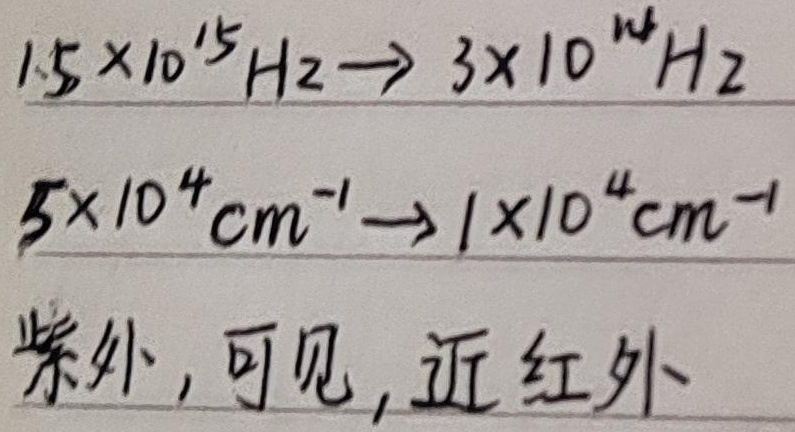
\(1.5\times 10^{15}\text{ Hz}\to 3\times 10^{14}\text{ Hz}\)，\(5\times 10^{4}\text{ cm}^{-1}\to 1\times 10^{4}\text{ cm}^{-1}\)，紫外, 可见, 近红外